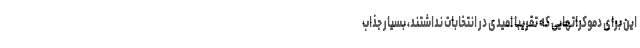
این برای دموکراتهایی که تقریبا امیدی در انتخابات نداشتند، بسیار جذاب